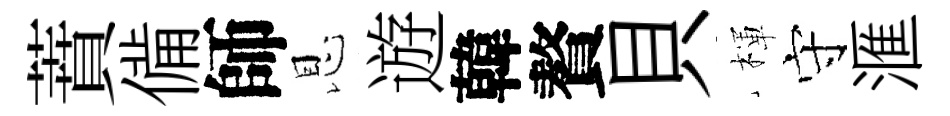
蕡備師恩遊韓贅貝楎守滙